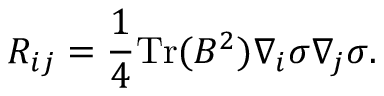
{ \cal R } _ { i j } = \frac { 1 } { 4 } \mathrm { T r } ( B ^ { 2 } ) \nabla _ { i } \sigma \nabla _ { j } \sigma .